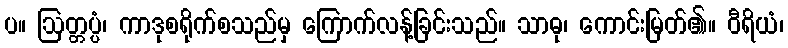
ပ။ ဩတ္တပ္ပံ၊ ကာဒုစရိုက်စသည်မှ ကြောက်လန့်ခြင်းသည်။ သာဓု၊ ကောင်းမြတ်၏။ ဝီရိယံ၊